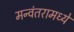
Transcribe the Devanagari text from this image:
मन्वंतरामध्ये